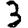
Digit: 3